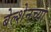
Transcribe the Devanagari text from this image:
बेल्शेनच्या